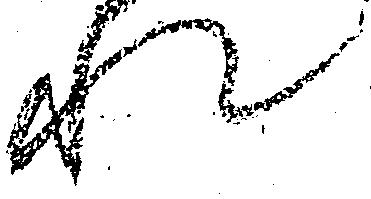
れ